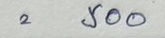
= 500